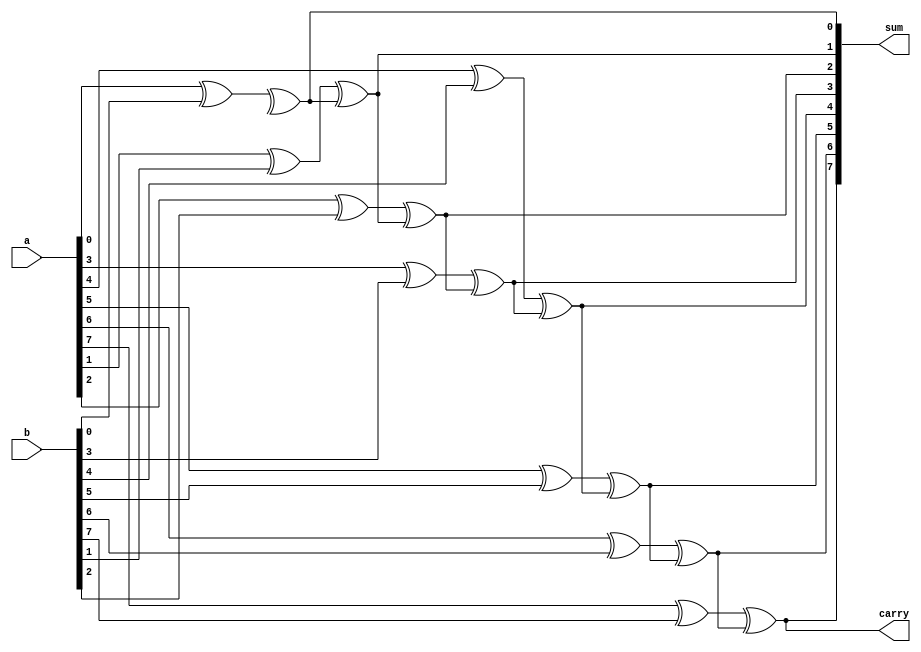
module carry_skip_lookahead_adder (
    input wire [7:0] a,
    input wire [7:0] b,
    output wire [8:0] sum,
    output reg carry
);

reg [8:0] c;

genvar i;

generate
    for (i = 0; i < 8; i = i + 1) begin : stage
        assign c[i+1] = (a[i] ^ b[i]) ^ c[i];
        assign sum[i] = a[i] ^ b[i] ^ c[i];
    end
endgenerate

assign carry = c[8];

endmodule